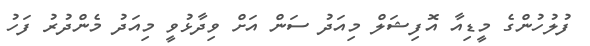
ފުލުހުންގެ މީޑިއާ އޮފިޝަލް މިއަދު ސަން އަށް ވިދާޅުވީ މިއަދު މެންދުރު ފަހު